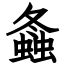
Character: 螽